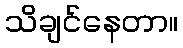
သိချင်နေတာ။